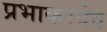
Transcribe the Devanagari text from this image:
प्रभाकरदेव